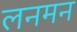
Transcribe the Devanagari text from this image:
लनमन